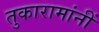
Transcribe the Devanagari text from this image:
तुकारामांनीं